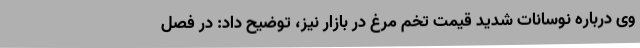
وی درباره نوسانات شدید قیمت تخم مرغ در بازار نیز، توضیح داد: در فصل